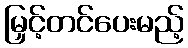
မြှင့်တင်ပေးမည့်